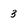
Character: 3